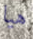
هيا